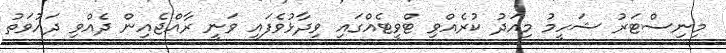
މިނިސްޓަރު ޝަހީމު މިއަދު ކުރެއްވި ޓްވީޓެއްގައި ވިދާޅުވެފައި ވަނީ ރާއްޖެއިން ދެއްވި ދައުވަތު